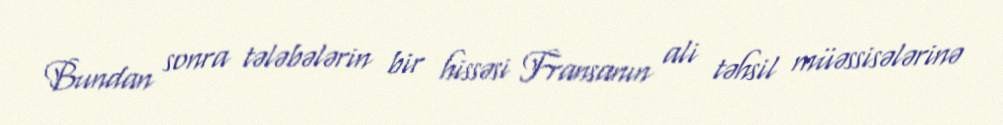
Bundan sonra tələbələrin bir hissəsi Fransanın ali təhsil müəssisələrinə